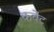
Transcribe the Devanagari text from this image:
कवेंट